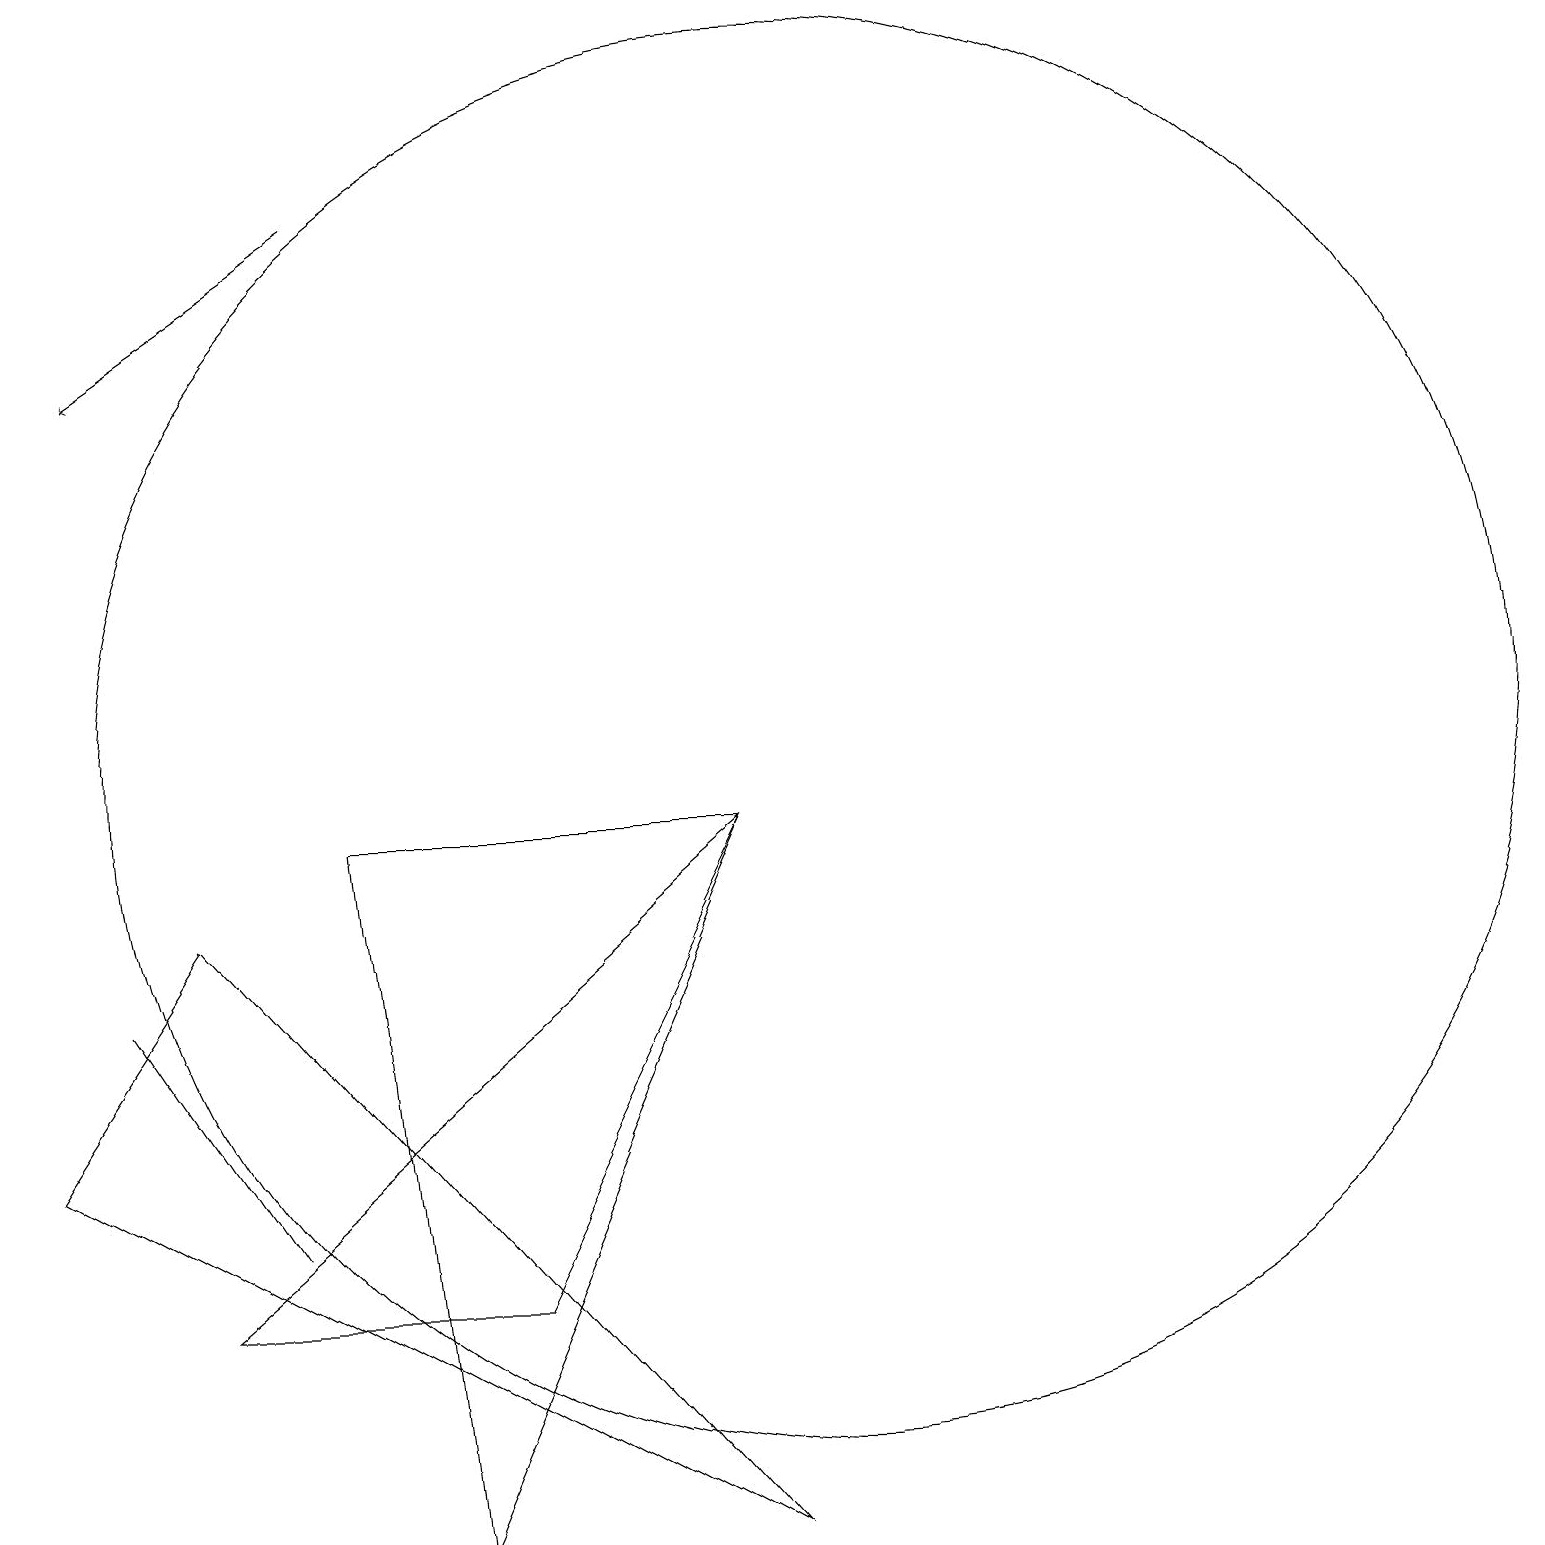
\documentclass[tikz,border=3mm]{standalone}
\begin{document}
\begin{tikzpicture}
\draw (3,4) -- (1,7) -- (3,4) -- cycle;
\draw (10,10) circle (9);
\draw (9,0) -- (0,5) -- (2,8) -- cycle;
\draw[->] (4,17) -- (1,15);
\draw (5,0) -- (4,9) -- (9,9) -- cycle;
\draw (6,3) -- (9,9) -- (2,3) -- cycle;
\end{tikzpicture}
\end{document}